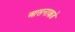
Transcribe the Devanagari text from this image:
आसनाकडे